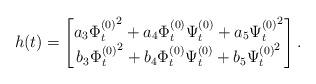
LaTeX: \begin{align*}h(t) = \begin{bmatrix}a_3 \Phi^{(0)^{\scriptstyle 2}}_t + a_4 \Phi^{(0)}_t \Psi^{(0)}_t + a_5 \Psi^{(0)^{\scriptstyle 2}}_t \\b_3 \Phi^{(0)^{\scriptstyle 2}}_t + b_4 \Phi^{(0)}_t \Psi^{(0)}_t + b_5 \Psi^{(0)^{\scriptstyle 2}}_t\end{bmatrix}.\end{align*}